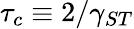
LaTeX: \tau_{c}\equiv 2/\gamma_{ST}